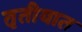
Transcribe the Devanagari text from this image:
तृतीयात